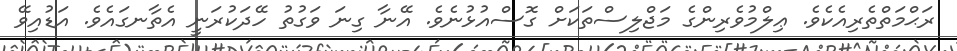
ރަޙްމަތްތެރިއެކެވެ. ޢިލްމުވެރިންގެ މަޖްލިސްތަކަށް ގޮސްއުޅުނެވެ. އޭނާ ގިނަ ވަގުތު ހޭދަކުރަނީ އެތާނގައެވެ. އަޑުއިވޭ